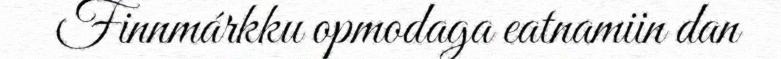
Finnmárkku opmodaga eatnamiin dan